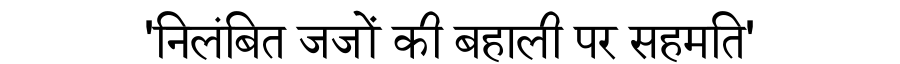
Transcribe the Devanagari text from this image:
'निलंबित जजों की बहाली पर सहमति'